Malaria in the Punjab - Number 46
Disease focus: Malaria
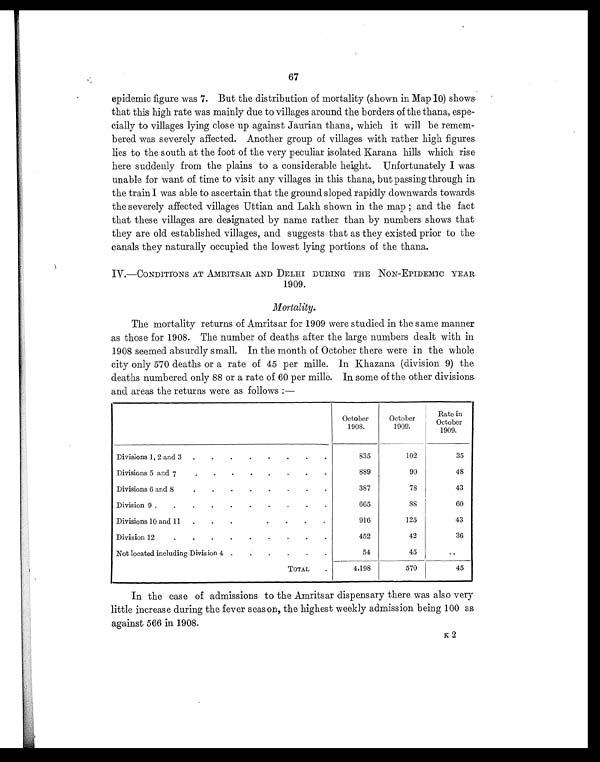
67
epidemic figure was 7. But the distribution of mortality (shown in Map 10) shows
that this high rate was mainly due to villages around the borders of the thana, espe-
cially to villages lying close up against Jaurian thana, which it will be remem-
bered was severely affected. Another group of villages with rather high figures
lies to the south at the foot of the very peculiar isolated Karana hills which rise
here suddenly from the plains to a considerable height. Unfortunately I was
unable for want of time to visit any villages in this thana, but passing through in
the train I was able to ascertain that the ground sloped rapidly downwards towards
the severely affected villages Uttian and Lakh shown in the map ; and the fact
that these villages are designated by name rather than by numbers shows that
they are old established villages, and suggests that as they existed prior to the
canals they naturally occupied the lowest lying portions of the thana.
IV.—CONDITIONS AT AMRITSAR AND DELHI DURING THE NON-EPIDEMIC YEAR
1909.
Mortality.
The mortality returns of Amritsar for 1909 were studied in the same manner
as those for 1908. The number of deaths after the large numbers dealt with in
1908 seemed absurdly small. In the month of October there were in the whole
city only 570 deaths or a rate of 45 per mille. In Khazana (division 9) the
deaths numbered only 88 or a rate of 60 per mille. In some of the other divisions
and areas the returns were as follows :—
October
1908.
October
1909.
Rate in
October
1909.
Divisions 1, 2 and 3 .
.
.
.
.
.
.
.
835
102
35
Divisions 5 and 7
.
.
.
.
.
.
.
.
889
90
48
Divisions 6 and 8
.
.
.
.
.
.
.
.
387
78
43
Division 9 .
.
.
.
.
.
.
.
.
.
665
88
60
Divisions 10 and 11
.
.
.
.
.
.
.
916
125
43
Division 12
.
.
.
.
.
.
.
.
.
452
42
36
Not located including Division 4 .
.
.
.
.
.
54
45
..
TOTAL
.
4,198
570
45
In the case of admissions to the Amritsar dispensary there was also very
little increase during the fever season, the highest weekly admission being 100 as
against 566 in 1908.
K 2